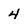
Character: 4